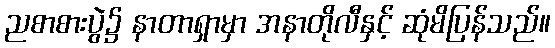
ညစာစားပွဲ၌ နာတာရှာမှာ အနာတိုလီနှင့် ဆုံမိပြန်သည်။